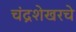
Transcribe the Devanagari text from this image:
चंद्रशेखरचे